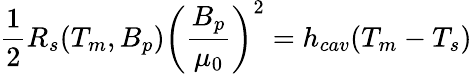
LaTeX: \frac{1}{2}R_{s}(T_{m},B_{p})\left(\frac{B_{p}}{\mu_{0}}\right)^{2}=h_{cav}(T_{m}-T_{s})